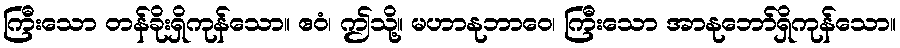
ကြီးသော တန်ခိုးရှိကုန်သော။ ဧဝံ၊ ဤသို့။ မဟာနုဘာဝေ၊ ကြီးသော အာနုဘော်ရှိကုန်သော။